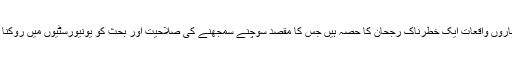
یہ چاروں واقعات ایک خطرناک رجحان کا حصہ ہیں جس کا مقصد سوچنے سمجھنے کی صلاحیت اور بحث کو یونیورسٹیوں میں روکنا ہے۔